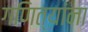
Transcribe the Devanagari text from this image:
गणित्यांना